Sketch of the medical history of the native army of Bombay, for the year
Year: 1875
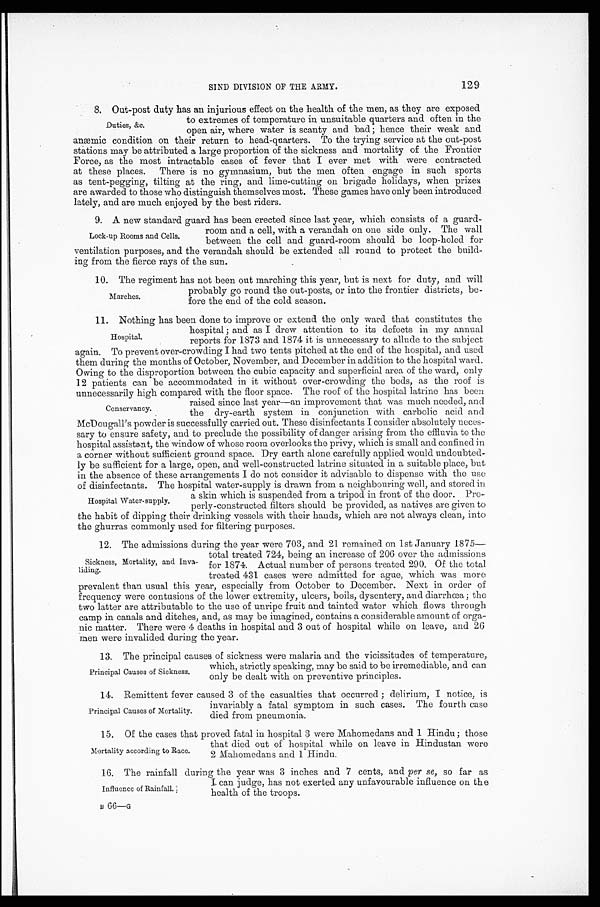
129
SIND DIVISION OF THE ARMY.
8. Out-post duty has an injurious effect on the health of the men, as they are exposed
to extremes of temperature in unsuitable quarters and often in the
open air, where water is scanty and bad ; hence their weak and
anæmic condition on their return to head-quarters. To the trying service at the out-post
stations may be attributed a large proportion of the sickness and mortality of the Frontier
Force, as the most intractable cases of fever that I ever met with were contracted
at these places. There is no gymnasium, but the men often engage in such sports
as tent-pegging, tilting at the ring, and lime-cutting on brigade holidays, when prizes
are awarded to those who distinguish themselves most. These games have only been introduced
lately, and are much enjoyed by the best riders.
9. A new standard guard has been erected since last year, which consists of a guard-
Duties, &c.
Lock-up Rooms and Cells.
room and a cell, with a verandah on one side only. The wall
between the cell and guard-room should be loop-holed for
ventilation purposes, and the verandah should be extended all round to protect the build-
ing from the fierce rays of the sun.
10.
The regiment has not been out marching this year, but is next for duty, and will
probably go round the out-posts, or into the frontier districts, be-
fore the end of the cold season.
11.
Nothing has been done to improve or extend the only ward that constitutes the
hospital ; and as I drew attention to its defects in my annual
reports for 1873 and 1874 it is unnecessary to allude to the subject
again. To prevent over-crowding I had two tents pitched at the end of the hospital, and used
them during the months of October, November, and December in addition to the hospital ward.
Owing to the disproportion between the cubic capacity and superficial area of the ward, only
12 patients can be accommodated in it without over-crowding the beds, as the roof is
unnecessarily high compared with the floor space. The roof of the hospital latrine has been
Marches.
Hospital.
Conservancy.
raised since last year—an improvement that was much needled, and
the dry-earth system in conjunction with carbolic acid and
McDougall's powder is successfully carried out. These disinfectants I consider absolutely neces-
sary to ensure safety, and to preclude the possibility of danger arising from the effluvia to the
hospital assistant, the window of whose room overlooks the privy, which is small and confined in
a corner without sufficient ground space. Dry earth alone carefully applied would undoubted-
ly be sufficient for a large, open, and well-constructed latrine situated in a suitable place, but
in the absence of these arrangements I do not consider it advisable to dispense with the use
of disinfectants. The hospital water-supply is drawn from a neighbouring well, and stored in
a skin which is suspended from a tripod in front of the door. Pro-
perly-constructed filters should be provided, as natives are given to
the habit of dipping their drinking vessels with their hands, which are not always clean, into
the ghurras commonly used for filtering purposes.
12.
The admissions during the year were 703, and 21 remained on 1st January 1875—
total treated 724, being an increase of 206 over the admissions
for 1874. Actual number of persons treated 290. Of the total
treated 431 cases were admitted for ague, which was more
prevalent than usual this year, especially from October to December. Next in order of
frequency were contusions of the lower extremity, ulcers, boils, dysentery, and diarrhœa ; the
two latter are attributable to the use of unripe fruit and tainted water which flows through
camp in canals and ditches, and, as may be imagined, contains a considerable amount of orga-
nic matter. There were 4 deaths in hospital and 3 out of hospital while on leave, and 26
men were invalided during the year.
13.
The principal causes of sickness were malaria and the vicissitudes of temperature,
which, strictly speaking, may be said to be irremediable, and can
only be dealt with on preventive principles.
14.
Remittent fever caused 3 of the casualties that occurred ; delirium, I notice, is
Hospital Water-supply.
Sickness, Mortality, and Inva-
liding.
Principal Causes of Sickness.
Principal Causes of Mortality.
invariably a fatal symptom in such cases. The fourth case
died from pneumonia.
15. Of the cases that proved fatal in hospital 3 were Mahomedans and 1 Hindu ; those
that died out of hospital while on leave in Hindustan were
2 Mahomedans and 1 Hindu.
16. The rainfall during the year was 3 inches and 7 cents, and per se, so far as
Mortality according to Race.
Influence of Rainfall.
I can judge, has not exerted any unfavourable influence on the
health of the troops.
B 66—G